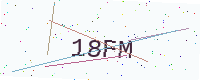
Text: 18FM